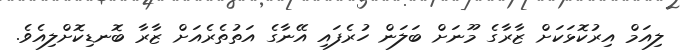
ލިއަމް އިރުކޮޅަކަށް ޒާރާގެ މޫނަށް ބަލަން ހުރެފައި އޭނާގެ އަތުތެރެއަށް ޒާރާ ބޮނޑިކޮށްލިއެވެ.